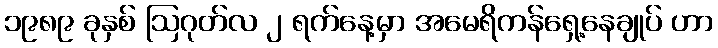
၁၉၈၉ ခုနှစ် ဩဂုတ်လ ၂ ရက်နေ့မှာ အမေရိကန်ရှေ့နေချုပ် ဟာ